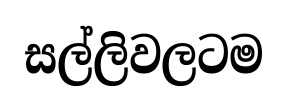
සල්ලිවලටම